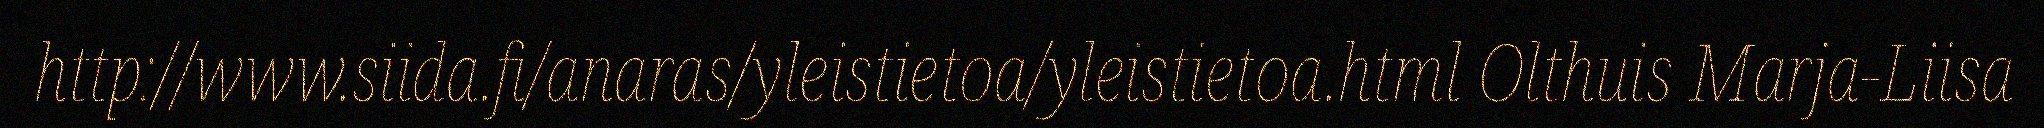
http://www.siida.fi/anaras/yleistietoa/yleistietoa.html Olthuis Marja-Liisa